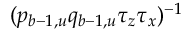
( p _ { b - 1 , u } q _ { b - 1 , u } \tau _ { z } \tau _ { x } ) ^ { - 1 }